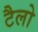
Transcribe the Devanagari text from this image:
टैलो